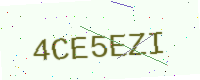
Text: 4CE5EZI